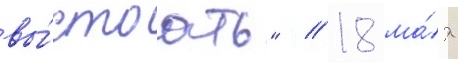
вы́стоать" // 18 ма́я